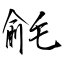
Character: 毹